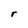
Character: r